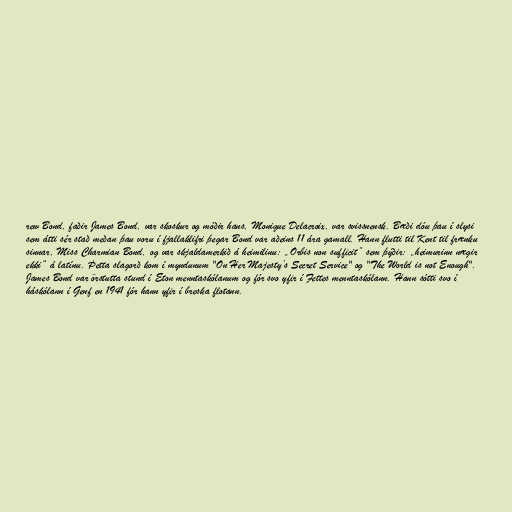
rew Bond, faðir James Bond, var skoskur og móðir hans, Monique Delacroix, var svissnensk. Bæði dóu þau í slysi
sem átti sér stað meðan þau voru í fjallaklifri þegar Bond var aðeins 11 ára gamall. Hann flutti til Kent til frænku
sinnar, Miss Charmian Bond, og var skjaldamerkið á heimilinu: „Orbis non sufficit” sem þýðir: „heimurinn nægir
ekki“ á latínu. Þetta slagorð kom í myndunum "On Her Majesty’s Secret Service" og "The World is not Enough".
James Bond var örstutta stund í Eton menntaskólanum og fór svo yfir í Fettes menntaskólann. Hann sótti svo í
háskólann í Genf en 1941 fór hann yfir í breska flotann.